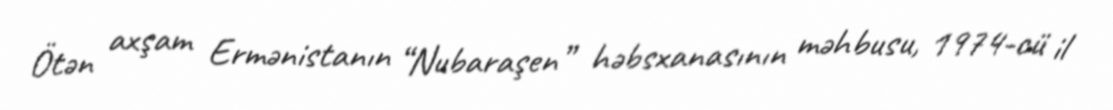
Ötən axşam Ermənistanın “Nubaraşen” həbsxanasının məhbusu, 1974-cü il